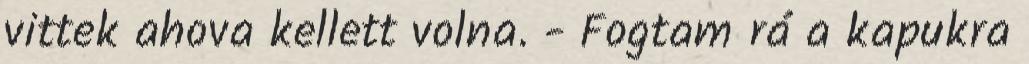
vittek ahova kellett volna. - Fogtam rá a kapukra